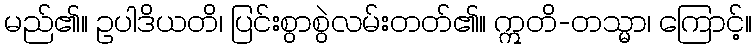
မည်၏။ ဥပါဒိယတိ၊ ပြင်းစွာစွဲလမ်းတတ်၏။ ဣတိ-တသ္မာ၊ ကြောင့်။